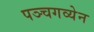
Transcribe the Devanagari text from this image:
पञ्चगव्येन